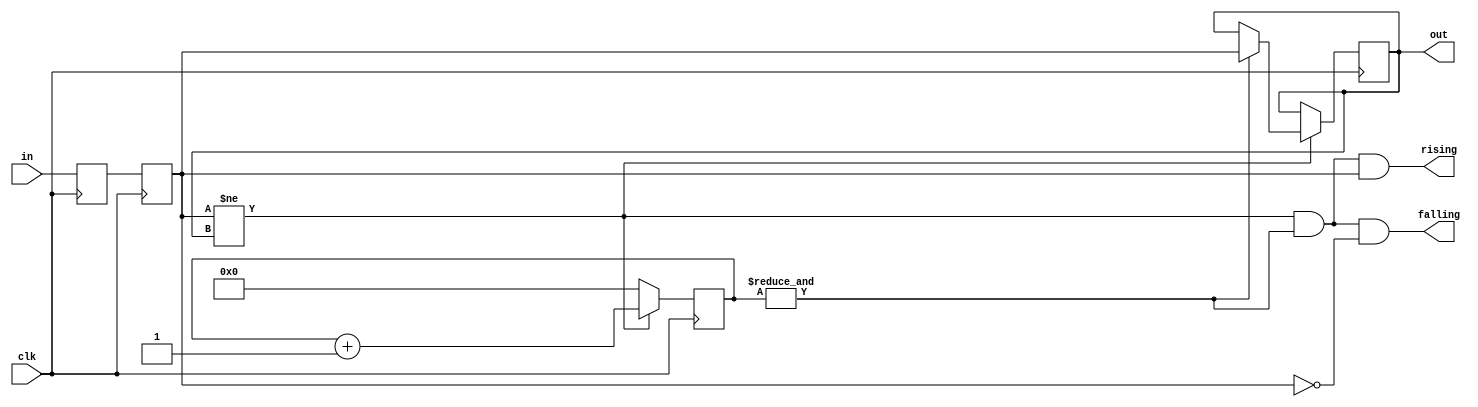
module debounce
#(	
`ifdef SIM
	parameter DEBOUNCE_W          =   6
`else
	parameter DEBOUNCE_W          =   14
`endif
)
	(	input wire clk,
		input wire in,
		output reg out,
		output wire rising,
		output wire falling);


	reg [DEBOUNCE_W:0] stab_cnt = 0;
	
	//"in" into clock domain
	reg in_1, in_0;
	always @(posedge clk) begin
		in_1 <= in;
		in_0 <= in_1;
	end

	initial begin
		out <= 1'b1;
	end
	
	always @(posedge clk) begin
		if (in_0 != out) begin
			stab_cnt <= stab_cnt + 1;
			if (&stab_cnt)
				out <= in_0;
		end
		else
			stab_cnt <= 0;
	end
	assign rising   = (in_0 != out) && (&stab_cnt) && in_0;
	assign falling = (in_0 != out) && (&stab_cnt) && ~in_0;
endmodule